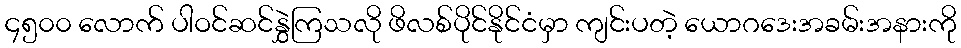
၄၅၀၀ လောက် ပါဝင်ဆင်နွှဲကြသလို ဖိလစ်ပိုင်နိုင်ငံမှာ ကျင်းပတဲ့ ယောဂဒေးအခမ်းအနားကို